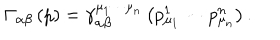
LaTeX: \Gamma _ { \alpha \beta } \left( p \right) = \gamma _ { \alpha \beta } ^ { \mu _ { 1 } \cdots \mu _ { n } } \left( p _ { \mu _ { 1 } } ^ { 1 } \cdots p _ { \mu _ { n } } ^ { n } \right) .